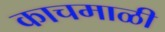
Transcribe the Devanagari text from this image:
काचमाळी